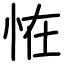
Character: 恠